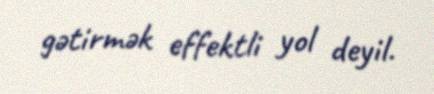
gətirmək effektli yol deyil.